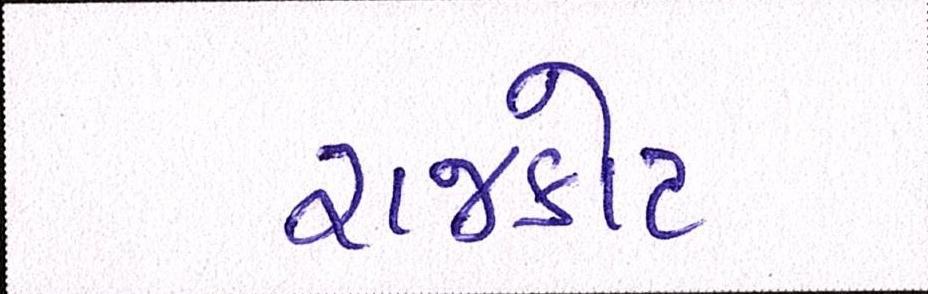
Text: રાજકોટ